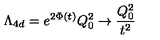
\Lambda _ { 4 d } = e ^ { 2 \Phi ( t ) } Q _ { 0 } ^ { 2 } \to \frac { Q _ { 0 } ^ { 2 } } { t ^ { 2 } }